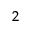
_ 2